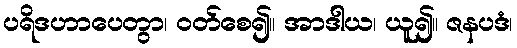
ပရိဒဟာပေတွာ၊ ဝတ်စေ၍။ အာဒါယ၊ ယူ၍။ ဇနပဒံ၊